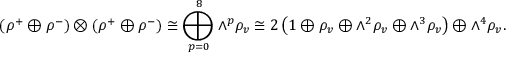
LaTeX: ( \rho ^ { + } \oplus \rho ^ { - } ) \otimes ( \rho ^ { + } \oplus \rho ^ { - } ) \cong \bigoplus _ { p = 0 } ^ { 8 } { \wedge } ^ { p } \rho _ { v } \cong 2 \left( 1 \oplus \rho _ { v } \oplus { \wedge } ^ { 2 } \rho _ { v } \oplus { \wedge } ^ { 3 } \rho _ { v } \right) \oplus { \wedge } ^ { 4 } \rho _ { v } .